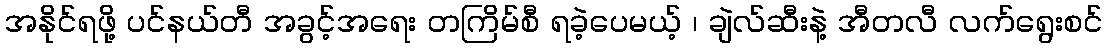
အနိုင်ရဖို့ ပင်နယ်တီ အခွင့်အရေး တကြိမ်စီ ရခဲ့ပေမယ့် ၊ ချဲလ်ဆီးနဲ့ အီတလီ လက်ရွေးစင်